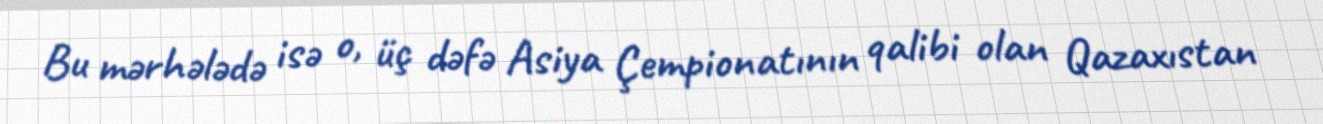
Bu mərhələdə isə o, üç dəfə Asiya Çempionatının qalibi olan Qazaxıstan